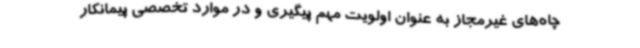
چاه‌های غیرمجاز به عنوان اولویت مهم پیگیری و در موارد تخصصی پیمانکار